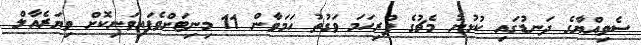
ސެވިއްޔާގެ ދަނޑުގައި ކުޅުނު މެޗުގެ ފުރިހަމަ ވަގުތު ހަމަވާން 11 މިނިޓަށްވެފައިވަނިކޮށް ވިޔަރެއާލް